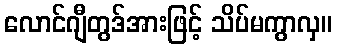
လောင်ဂျီတွဒ်အားဖြင့် သိပ်မကွာလှ။